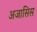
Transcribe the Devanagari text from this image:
अजासिस